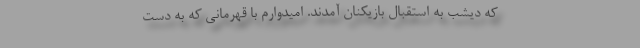
که دیشب به استقبال بازیکنان آمدند. امیدوارم با قهرمانی که به دست